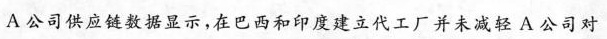
A公司供应链数据显示，在巴西和印度建立代工厂并未减轻A公司对